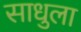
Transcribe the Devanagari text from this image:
साधुला